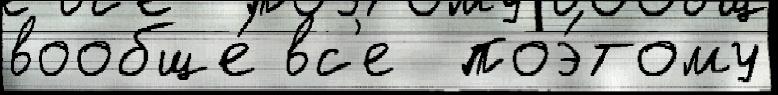
вообще́ вс'е  поэ́тому